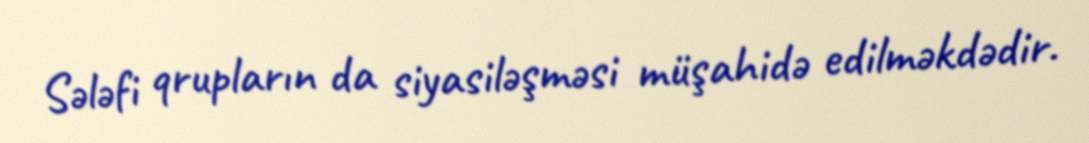
Sələfi qrupların da siyasiləşməsi müşahidə edilməkdədir.